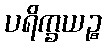
ပရိက္ခယဉ္စ